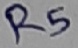
Text: R5